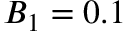
B _ { 1 } = 0 . 1